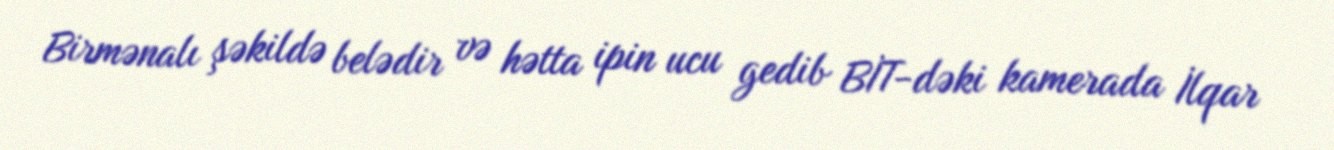
Birmənalı şəkildə belədir və hətta ipin ucu gedib BİT-dəki kamerada İlqar